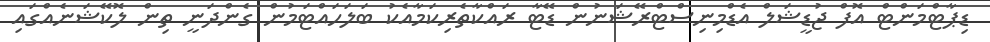
ޑިޕާޓްމަންޓް އޮފް ޖުޑީޝަލް އެޑްމިނިސްޓްރޭޝަނުން ޑޭޓާ ރައްކާތެރިކަމާއެކު ބަލަހައްޓަމުން ގެންދަނީ ތިން ލޮކޭޝަނެއްގައި